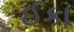
ઈકા